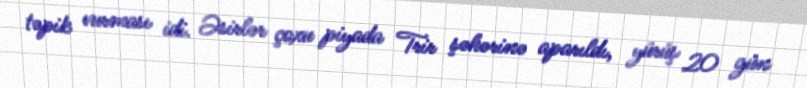
təpik vurması idi. Əsirlər çoxu piyada Trir şəhərinə aparıldı, yürüş 20 gün